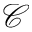
\mathcal { C }